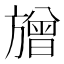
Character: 𱡷